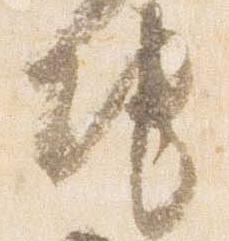
地